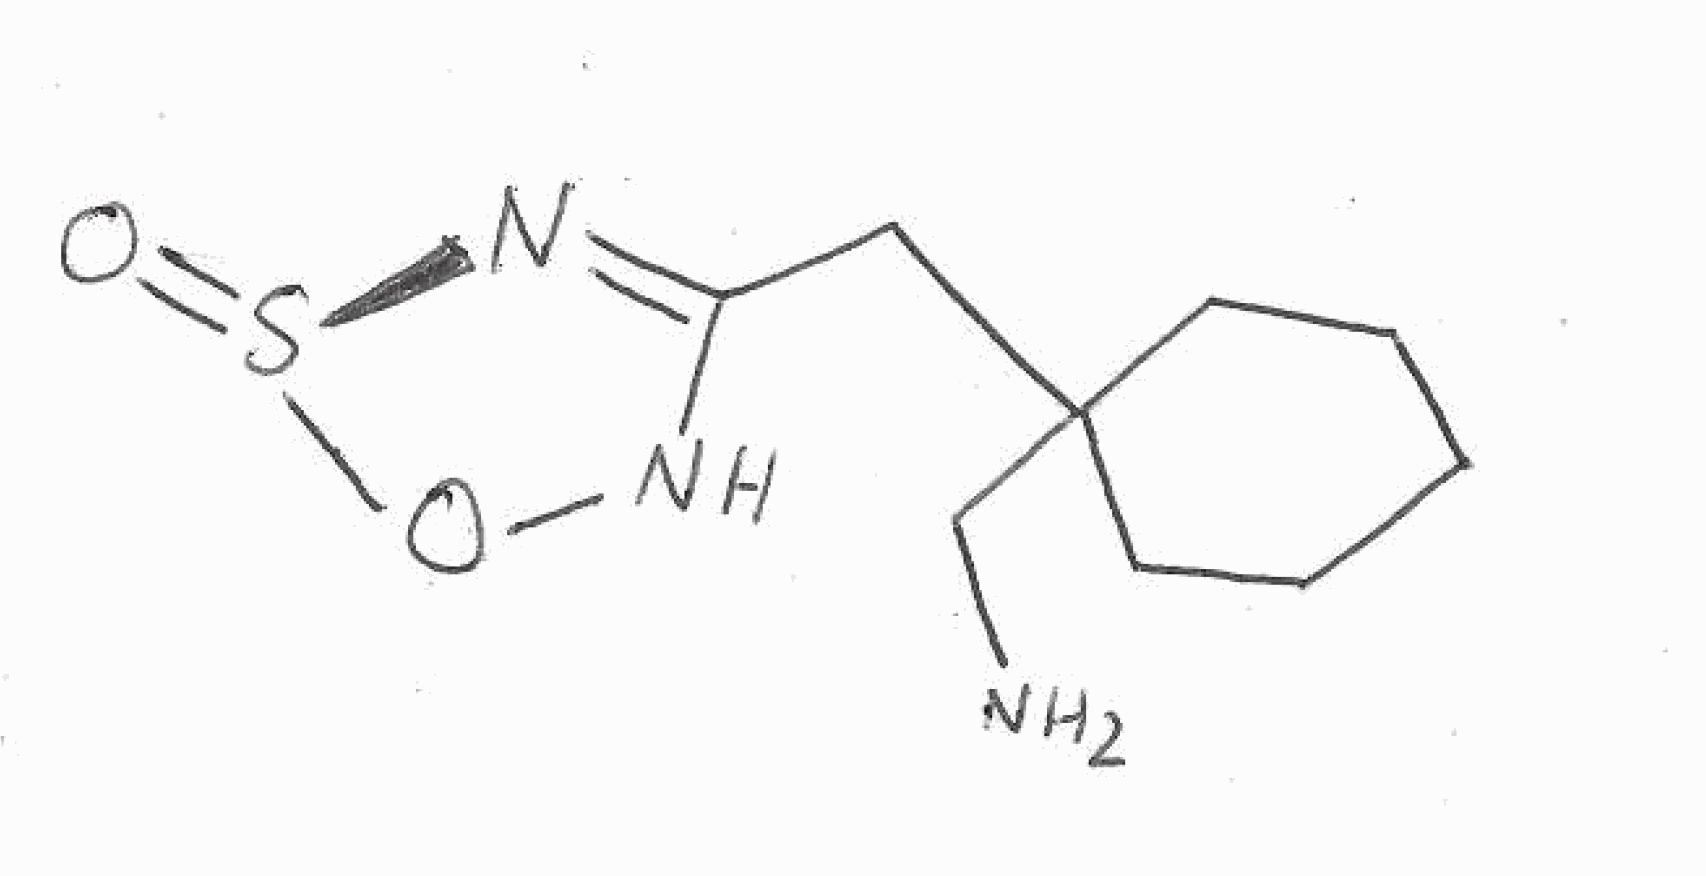
Simplified molecular-input line-entry system (SMILES) notation of the given molecule:
C1CCC(CC1)(CC2=N[S@](=O)ON2)CN